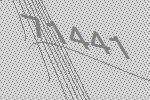
71441